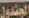
الجندول